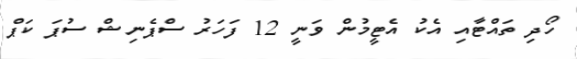
ހޯދި ތައްޓާއި އެކު އެޓީމުން ވަނީ 12 ފަހަރު ސްޕެނިޝް ސުޕަ ކަޕް